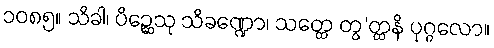
၁၀၈၅။ သိခါ၊ ပိဉ္ဆေသု သိခဏ္ဍော၊ သတ္တေ တွ’တ္တနိ ပုဂ္ဂလော။